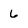
Character: 6